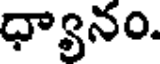
ధ్యానం.